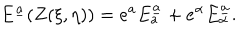
E ^ { \underline { { { a } } } } ( Z ( \xi , \eta ) ) = e ^ { a } E _ { a } ^ { \underline { { { a } } } } + e ^ { \alpha } E _ { \alpha } ^ { \underline { { { a } } } } .